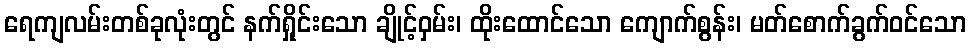
ရေကျလမ်းတစ်ခုလုံးတွင် နက်ရှိုင်းသော ချိုင့်ဝှမ်း၊ ထိုးထောင်သော ကျောက်စွန်း၊ မတ်စောက်ခွက်ဝင်သော